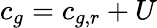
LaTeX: c_{g}=c_{g,r}+U